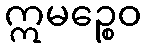
ဣမဉ္စေဝ